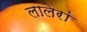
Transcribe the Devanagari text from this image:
लालेरां